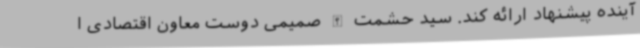
آینده پیشنهاد ارائه کند. سید حشمت الله صمیمی دوست معاون اقتصادی ا